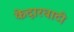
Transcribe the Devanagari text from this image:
केदारघाटी